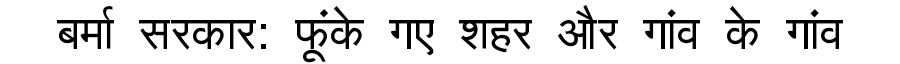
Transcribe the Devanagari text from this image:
बर्मा सरकार: फूंके गए शहर और गांव के गांव